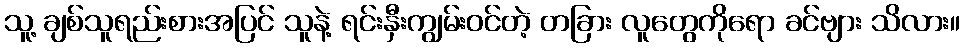
သူ့ ချစ်သူရည်းစားအပြင် သူနဲ့ ရင်းနှီးကျွမ်းဝင်တဲ့ တခြား လူတွေကိုရော ခင်ဗျား သိလား။